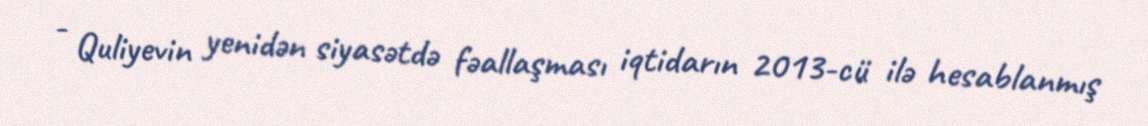
- Quliyevin yenidən siyasətdə fəallaşması iqtidarın 2013-cü ilə hesablanmış